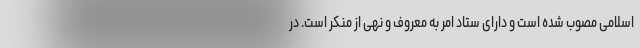
اسلامی مصوب شده است و دارای ستاد امر به معروف و نهی از منکر است. در